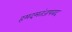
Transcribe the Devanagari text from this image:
हमदमतंजपवद